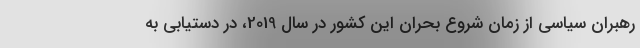
رهبران سیاسی از زمان شروع بحران این کشور در سال 2019، در دستیابی به